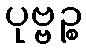
ပုဗ္ဗဉ္စ